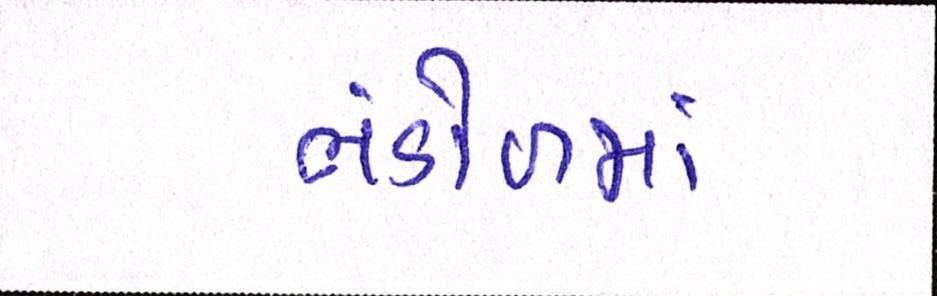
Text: ભંડોળમાં